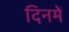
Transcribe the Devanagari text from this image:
दिनमें